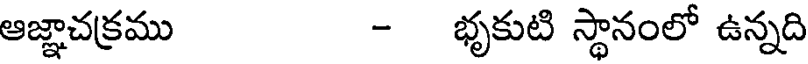
ఆజ్ఞాచక్రము - భృకుటి స్థానంలో ఉన్నది